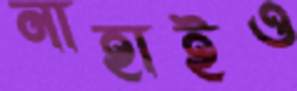
নাহাইও